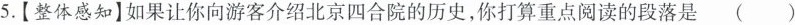
5.【整体感知】如果让你向游客介绍北京四合院的历史，你打算重点阅读的段落是 ( )